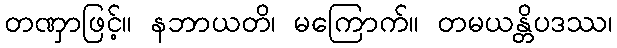
တဏှာဖြင့်။ နဘာယတိ၊ မကြောက်။ တမယန္တိပဒဿ၊